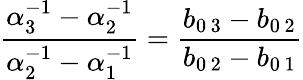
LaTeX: {\frac{\alpha_{3}^{-1}-\alpha_{2}^{-1}}{\alpha_{2}^{-1}-\alpha_{1}^{-1}}}={\frac{b_{0\, 3}-b_{0\, 2}}{b_{0\, 2}-b_{0\, 1}}}